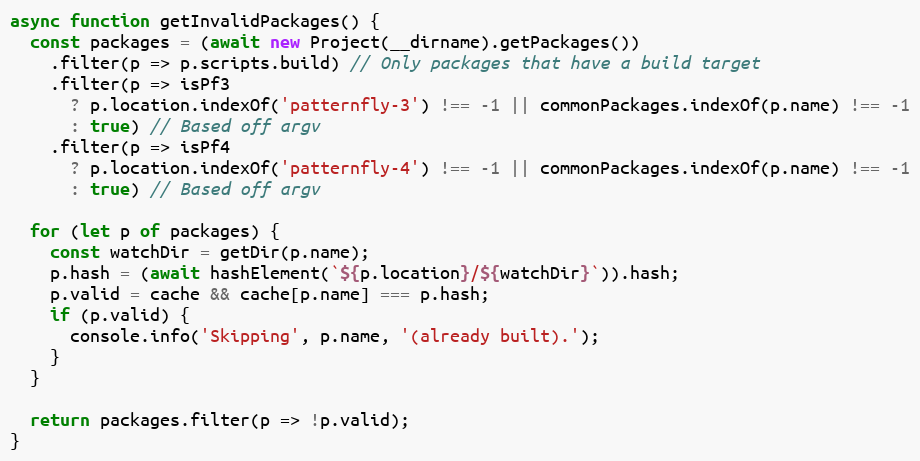
Language: JavaScript
async function getInvalidPackages() {
  const packages = (await new Project(__dirname).getPackages())
    .filter(p => p.scripts.build) // Only packages that have a build target
    .filter(p => isPf3
      ? p.location.indexOf('patternfly-3') !== -1 || commonPackages.indexOf(p.name) !== -1
      : true) // Based off argv
    .filter(p => isPf4
      ? p.location.indexOf('patternfly-4') !== -1 || commonPackages.indexOf(p.name) !== -1
      : true) // Based off argv

  for (let p of packages) {
    const watchDir = getDir(p.name);
    p.hash = (await hashElement(`${p.location}/${watchDir}`)).hash;
    p.valid = cache && cache[p.name] === p.hash;
    if (p.valid) {
      console.info('Skipping', p.name, '(already built).');
    }
  }

  return packages.filter(p => !p.valid);
}